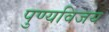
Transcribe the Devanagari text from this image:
पुण्यविजय